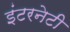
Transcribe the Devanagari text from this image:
इंटरनेटी